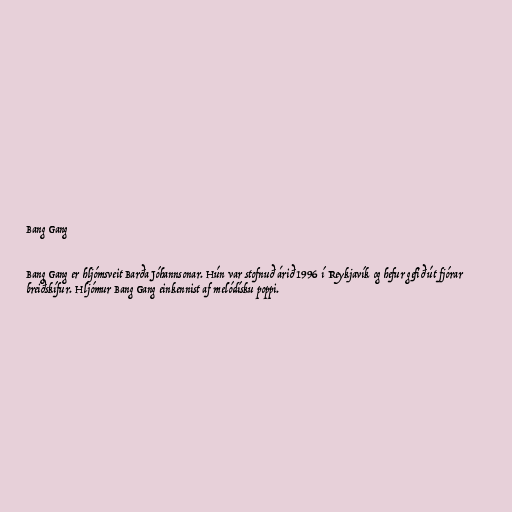
Bang Gang

Bang Gang er hljómsveit Barða Jóhannsonar. Hún var stofnuð árið 1996 í Reykjavík og hefur gefið út fjórar
breiðskífur. Hljómur Bang Gang einkennist af melódísku poppi.